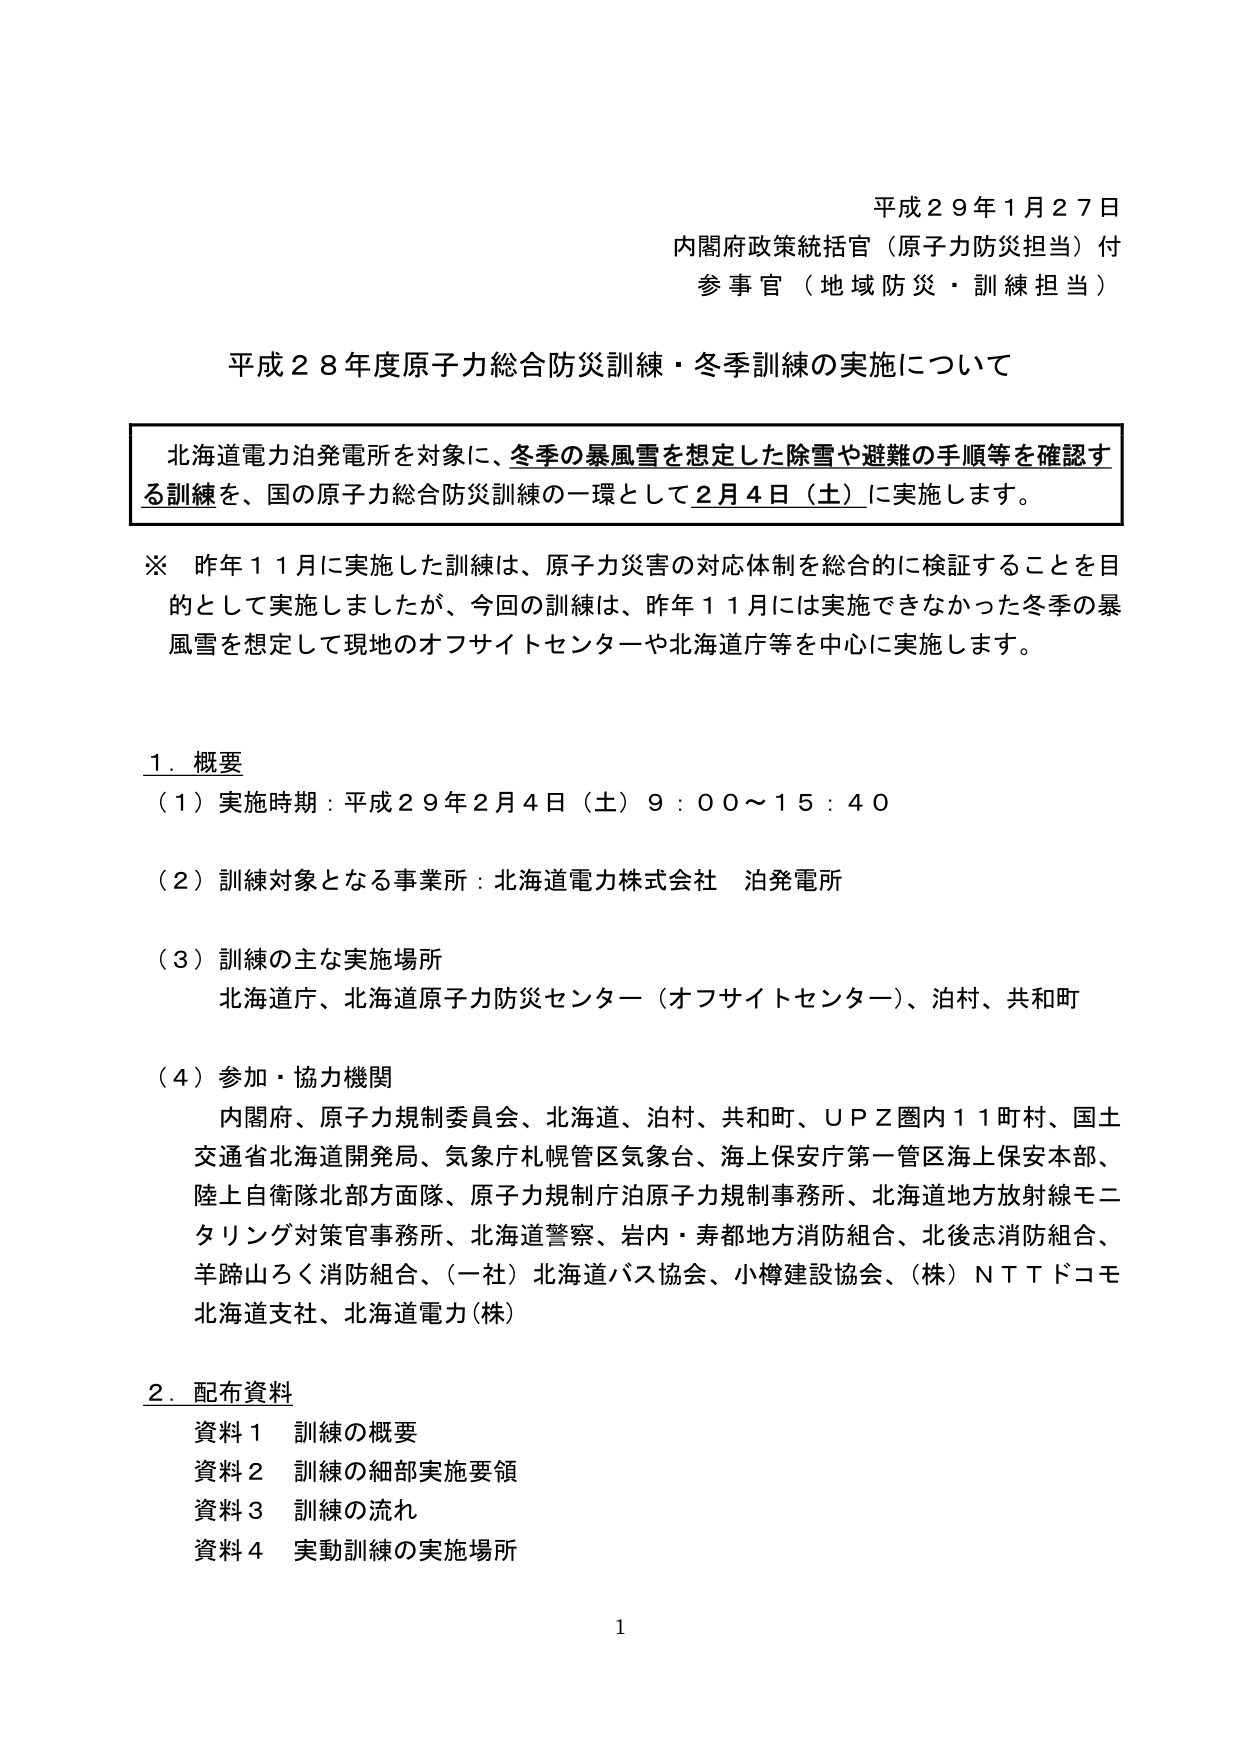
平成２９年１月２７日
内閣府政策統括官（原子力防災担当）付
参事官（地域防災・訓練担当）

平成２８年度原子力総合防災訓練・冬季訓練の実施について

北海道電力泊発電所を対象に、冬季の暴風雪を想定した除雪や避難の手順等を確認する訓練を、国の原子力総合防災訓練の一環として２月４日（土）に実施します。

※ 昨年１１月に実施した訓練は、原子力災害の対応体制を総合的に検証することを目的として実施しましたが、今回の訓練は、昨年１１月には実施できなかった冬季の暴風雪を想定して現地のオフサイトセンターや北海道庁等を中心に実施します。

１．概要
（１）実施時期：平成２９年２月４日（土）９：００～１５：４０
（２）訓練対象となる事業所：北海道電力株式会社 泊発電所
（３）訓練の主な実施場所
　北海道庁、北海道原子力防災センター（オフサイトセンター）、泊村、共和町
（４）参加・協力機関
　内閣府、原子力規制委員会、北海道、泊村、共和町、ＵＰＺ圏内１１町村、国土交通省北海道開発局、気象庁札幌管区気象台、海上保安庁第一管区海上保安本部、陸上自衛隊北部方面隊、原子力規制庁泊原子力規制事務所、北海道地方放射線モニタリング対策官事務所、北海道警察、岩内・寿都地方消防組合、北後志消防組合、羊蹄山ろく消防組合、（一社）北海道バス協会、小樽建設協会、（株）ＮＴＴドコモ北海道支社、北海道電力（株）

２．配布資料
　資料１ 訓練の概要
　資料２ 訓練の細部実施要領
　資料３ 訓練の流れ
　資料４ 実動訓練の実施場所

1